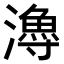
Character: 𤀯